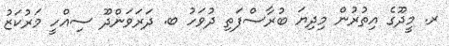
ރ. މީދޫގެ އިތުރުން މިދިޔަ ބުރާސްފަތި ދުވަހު ބ. ދަރަވަންދޫ ސިއްހީ މަރުކަޒު